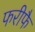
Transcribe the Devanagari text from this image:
फरीफै